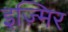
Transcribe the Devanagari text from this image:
इज़्मिर